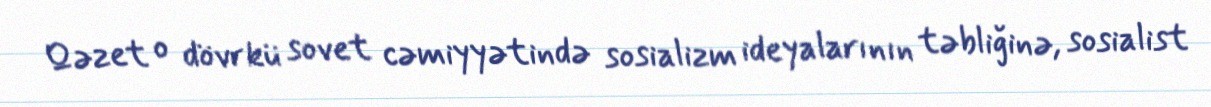
Qəzet o dövrkü sovet cəmiyyətində sosializm ideyalarının təbliğinə, sosialist